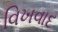
વિખવાદ